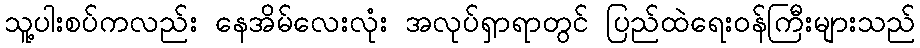
သူ့ပါးစပ်ကလည်း နေအိမ်လေးလုံး အလုပ်ရှာရာတွင် ပြည်ထဲရေးဝန်ကြီးများသည်